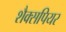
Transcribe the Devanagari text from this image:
शैक्सपियर